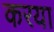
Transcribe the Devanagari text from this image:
करया